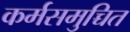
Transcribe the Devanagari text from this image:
कर्मसमुच्चित